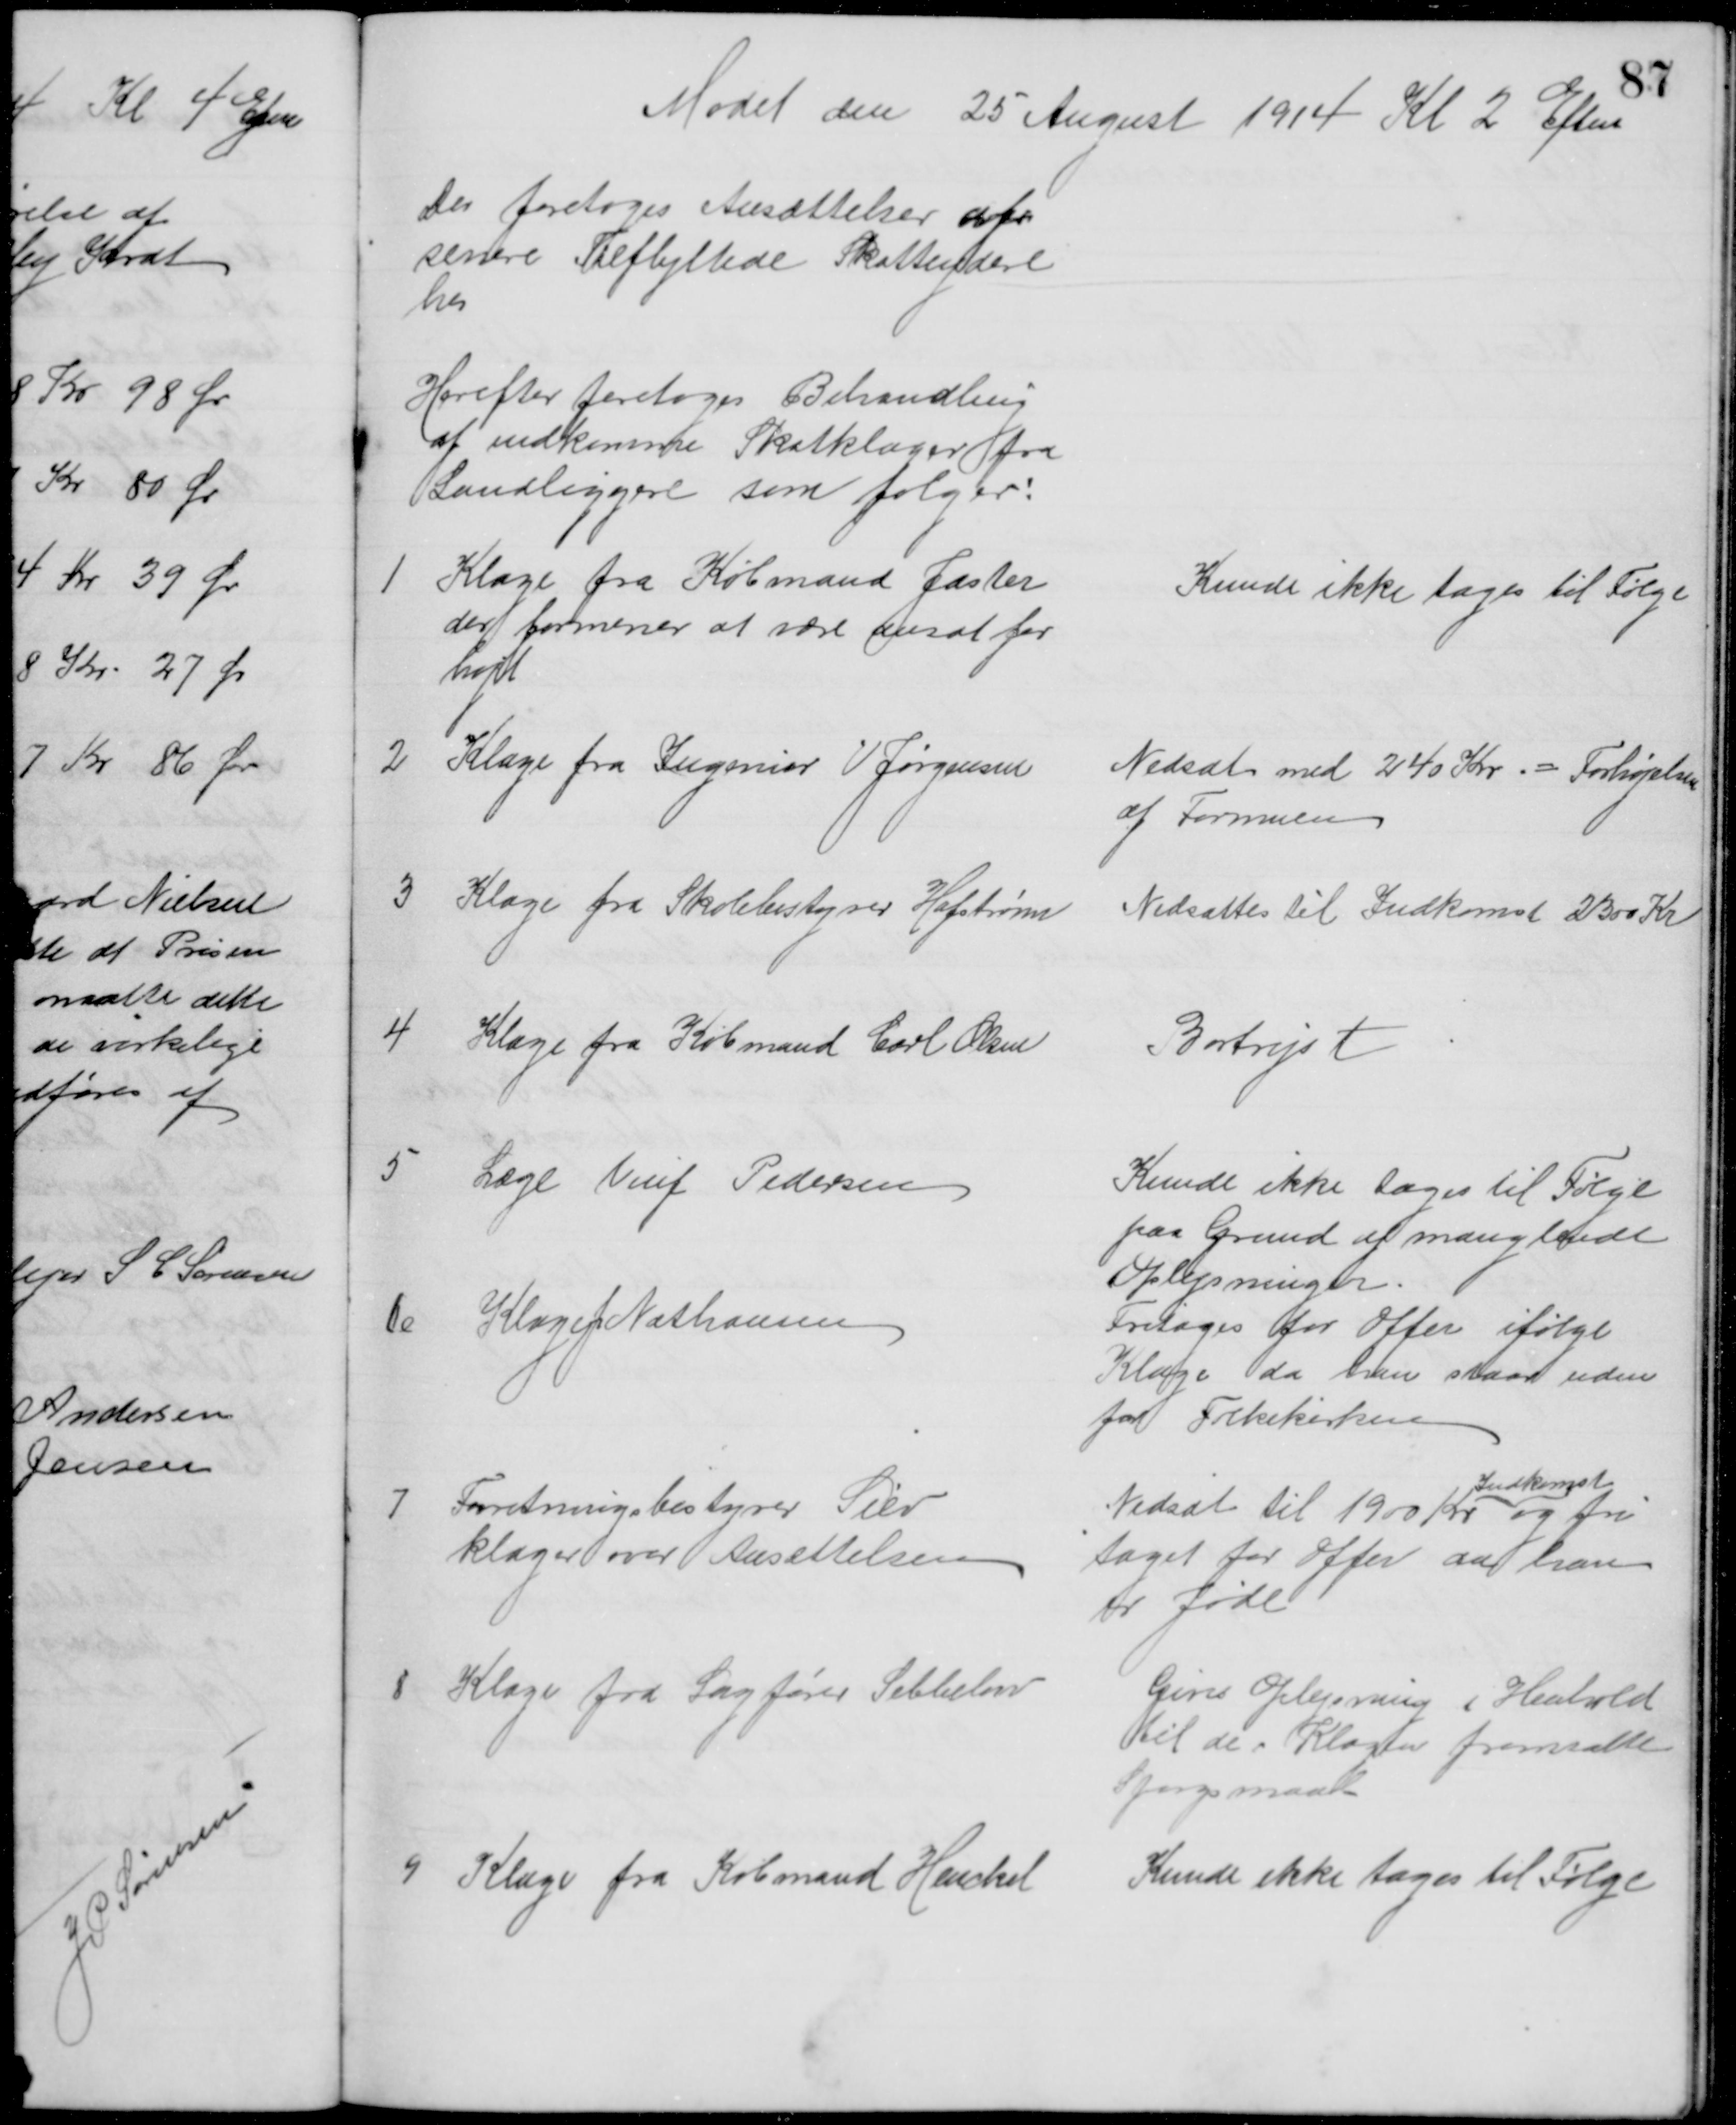
Transskription:
Mødet den 25 August 1914 Kl 2 Eftm
Der foretoges Ansættelser af
senere Tilflyttede Skatteydere
her
Herefter foretoges Behandling
af indkomme Skatklager fra
Landliggere som følger:
1
Klage fra Købmand Jaster
der formener at være ansat for
højt
Kunde ikke tages til Følge
2 Klage fra Ingeniør V Jørgensen
Nedsat med 240 Kr. = Forhøjelsen
af Formuen
3 Klage fra Skolebestyrer Hafstrøm
Nedsættes til Indkomst 2300 Kr
4 Klage fra Købmand Carl Olsen
Bortrejst
5 Læge Viuf Pedersen
Kunde ikke tages til Følge
paa Grund af manglende
Oplysninger.
6
Klage J Nathansen
Fritages for Offer ifølge
Klage da han staar uden
for Folkekirken
7 Forretningsbestyrer Siev
klager over Ansættelsen
Nedsat til 1900 Kr 
Indkomst
og fri 
taget for Offer da han
er Jøde
8 Klage fra Sagfører Sebbelov
Gives Oplysning i Henhold
til de i Klagen fremsatte
Spørgsmaal
9 Klage fra Købmand Henckel
Kunde ikke tages til Følge